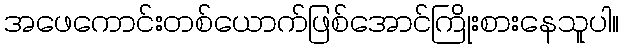
အဖေကောင်းတစ်ယောက်ဖြစ်အောင်ကြိုးစားနေသူပါ။